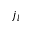
j _ { l }